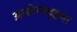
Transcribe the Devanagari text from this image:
आरोग्यदृष्टया